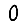
Digit: 0